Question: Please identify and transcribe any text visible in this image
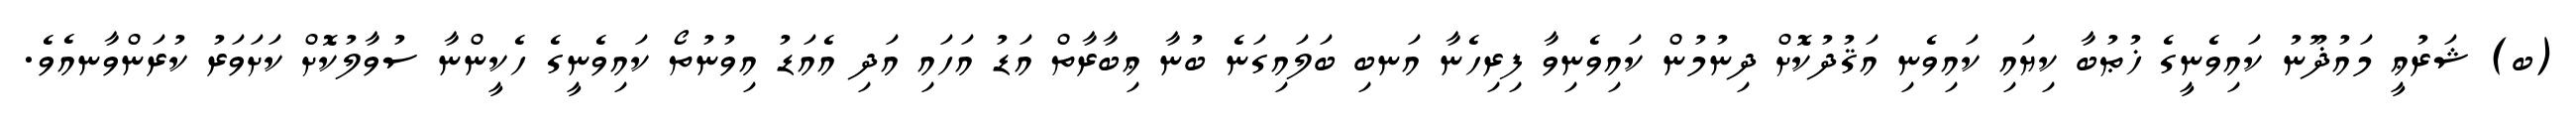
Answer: (ބ) ޝަރުޢީ މައުޛޫނު ކައިވެނީގެ ޚުޠުބާ ކިޔައި ކައިވެނި އަޤުދުކޮށް ދިނުމުން ކައިވެނިވާ ފިރިހެނާ އަނބި ބަލައިގަނެ ބުނާ ޢިބާރާތް އަޑު އަހައި އަދި އެއަޑު އިވުނުތޯ ކައިވެނީގެ ހެކީންނާ ސުވާލުކޮށް ކަށަވަރު ކުރަންވާނއެވެ.